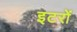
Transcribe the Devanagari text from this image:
इटरों